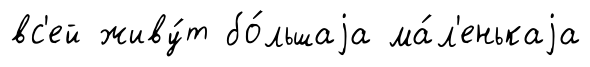
вс'ей живу́т бо́льшаjа ма́л'енькаjа